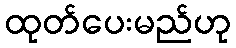
ထုတ်ပေးမည်ဟု